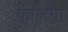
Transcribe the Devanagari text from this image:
कालया